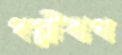
পল্লীঋণ